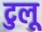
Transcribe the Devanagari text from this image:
टुलू